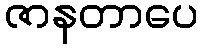
ဇာနတာပေ